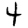
Digit: 4